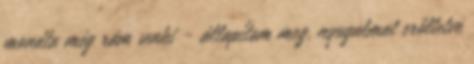
mondta még rám senki - állapítom meg, nyugalmat erőltetve